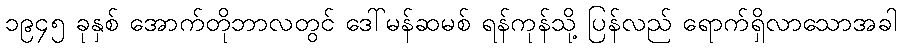
၁၉၄၅ ခုနှစ် အောက်တိုဘာလတွင် ဒေါ်မန်ဆမစ် ရန်ကုန်သို့ ပြန်လည် ရောက်ရှိလာသောအခါ